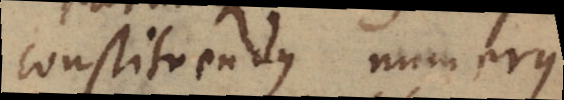
constituendus numerus